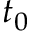
t _ { 0 }